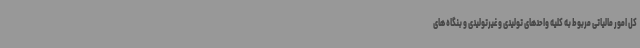
کل امور مالیاتی مربوط به کلیه واحدهای تولیدی و غیرتولیدی و بنگاه های